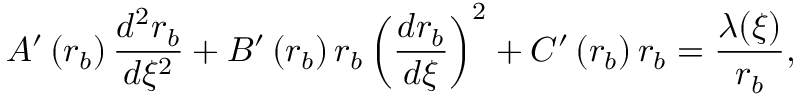
A ^ { \prime } \left( r _ { b } \right) \frac { d ^ { 2 } r _ { b } } { d \xi ^ { 2 } } + B ^ { \prime } \left( r _ { b } \right) r _ { b } \left( \frac { d r _ { b } } { d \xi } \right) ^ { 2 } + C ^ { \prime } \left( r _ { b } \right) r _ { b } = \frac { \lambda ( \xi ) } { r _ { b } } ,